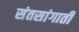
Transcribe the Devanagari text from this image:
संतसांगाती